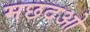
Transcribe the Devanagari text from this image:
मछदओ